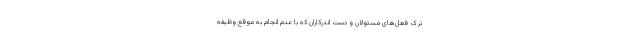
ترک فعل‌های مسئولان و دست اندرکاران که با عدم انجام به موقع وظیفه